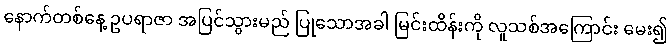
နောက်တစ်နေ့ ဥပရာဇာ အပြင်သွားမည် ပြုသောအခါ မြင်းထိန်းကို လူသစ်အကြောင်း မေး၍